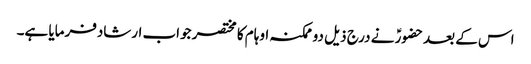
اس کے بعدحضورؑ نے درج ذیل دو ممکنہ اوہام کا مختصر جواب ارشادفرمایا ہے۔